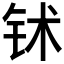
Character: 𬬸